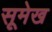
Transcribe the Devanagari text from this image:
सूमेख